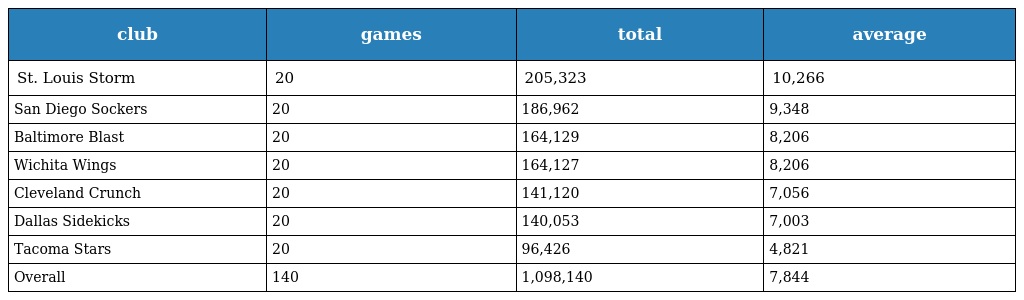
| club | games | total | average |
 | --- | --- | --- | --- |
 | St. Louis Storm | 20 | 205,323 | 10,266 |
 | San Diego Sockers | 20 | 186,962 | 9,348 |
 | Baltimore Blast | 20 | 164,129 | 8,206 |
 | Wichita Wings | 20 | 164,127 | 8,206 |
 | Cleveland Crunch | 20 | 141,120 | 7,056 |
 | Dallas Sidekicks | 20 | 140,053 | 7,003 |
 | Tacoma Stars | 20 | 96,426 | 4,821 |
 | Overall | 140 | 1,098,140 | 7,844 |